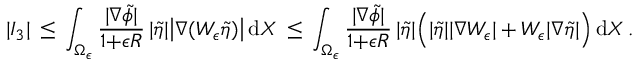
| I _ { 3 } | \, \le \, \int _ { \Omega _ { \epsilon } } \frac { | \nabla \tilde { \phi } | } { 1 { + } \epsilon R } \, | \tilde { \eta } | \bigl | \nabla ( W _ { \epsilon } \tilde { \eta } ) \bigr | \, \mathrm { d } X \, \le \, \int _ { \Omega _ { \epsilon } } \frac { | \nabla \tilde { \phi } | } { 1 { + } \epsilon R } \, | \tilde { \eta } | \Bigl ( | \tilde { \eta } | | \nabla W _ { \epsilon } | + W _ { \epsilon } | \nabla \tilde { \eta } | \Bigr ) \, \mathrm { d } X \, .